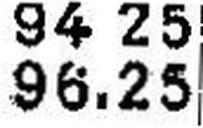
96.25